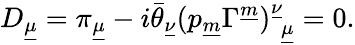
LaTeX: D_{\underline{{\mu}}}=\pi_{\underline{{\mu}}}-i\bar{\theta}_{\underline{{{\nu}}}}(p_{\underline{{m}}}\Gamma^{\underline{{m}}})_{~~\underline{{{\mu}}}}^{\underline{{{\nu}}}}=0.